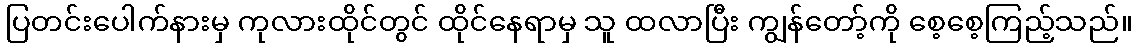
ပြတင်းပေါက်နားမှ ကုလားထိုင်တွင် ထိုင်နေရာမှ သူ ထလာပြီး ကျွန်တော့်ကို စေ့စေ့ကြည့်သည်။